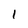
Character: 1